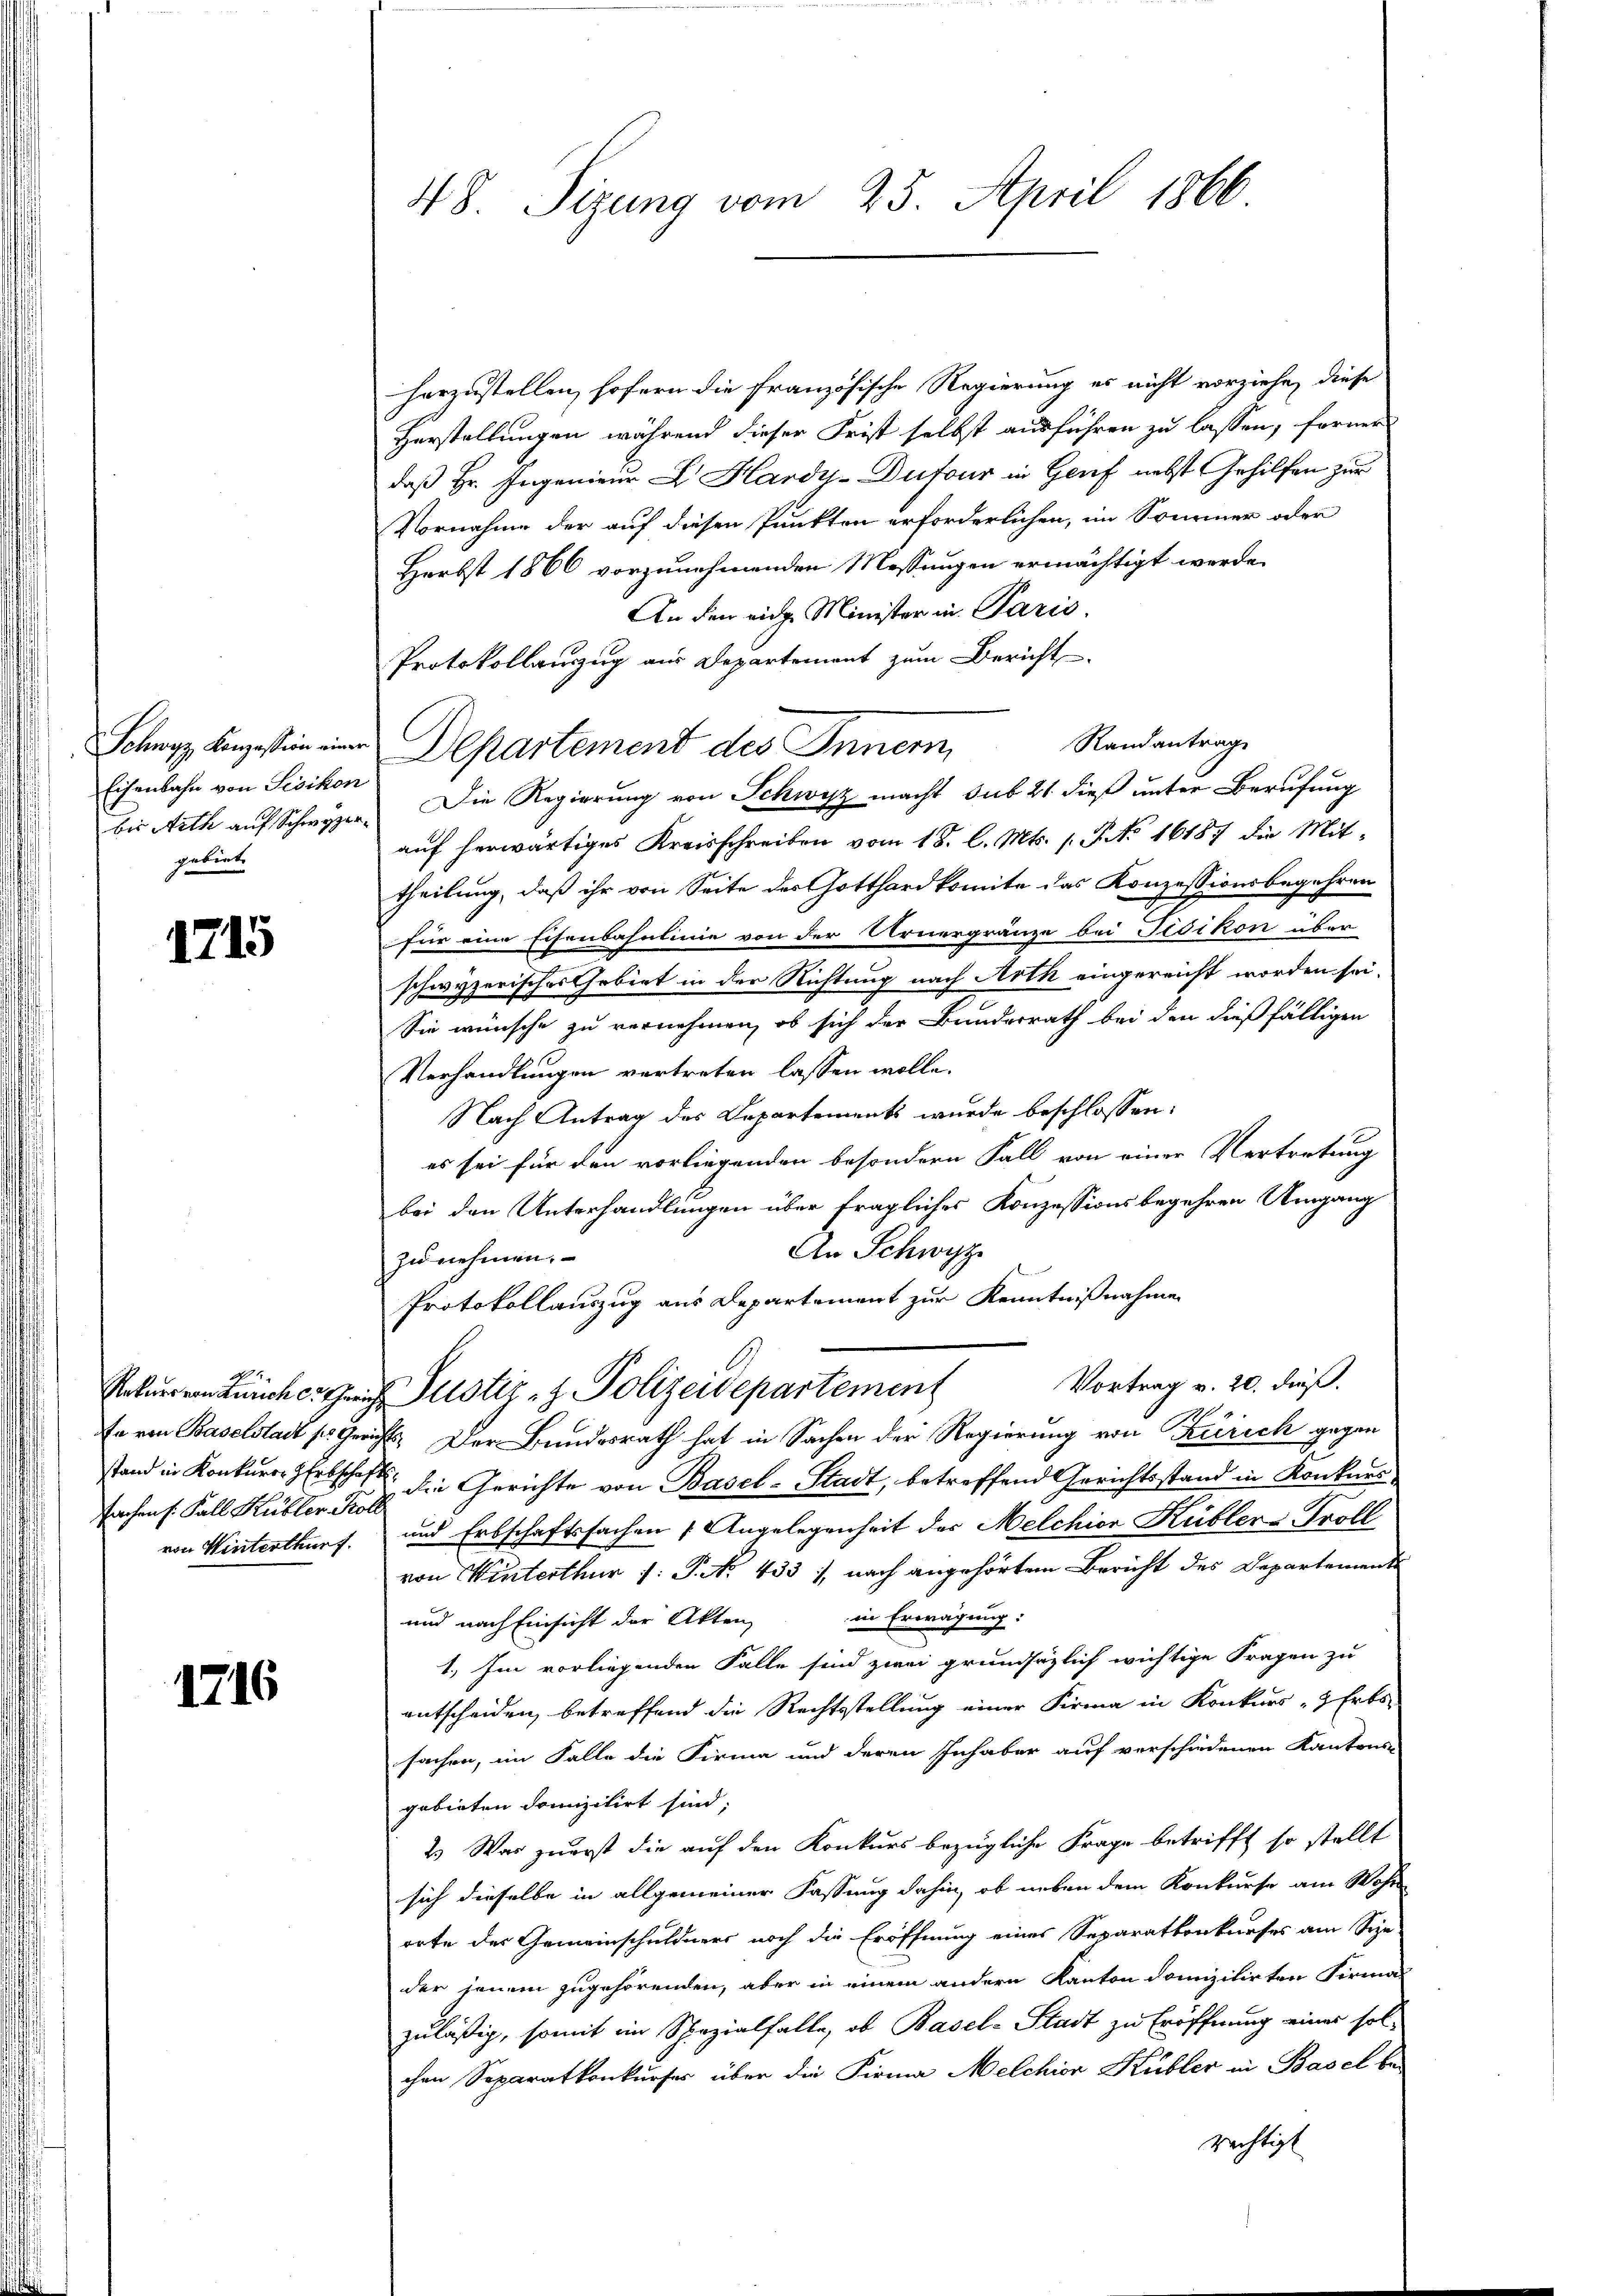
Schwyz, Konzession einer
Eisenbahn von Sisikon
bis Arth auf Schwyzer
gebiet,

1715

fachen s. Fall Kübler Koll
von Winterthurf.

1716

48. Sizung vom 25. April 1866.

herzustellen, hofern die französische Regierung es nicht vorziehe, diese
Herstellungen während dieser Frist selbst ausführen zu lassen, ferner
daß Hr. Ingenieur  Hardy-Dufour in Genf nebst Gehilfen zur
Vornahme der auf diesen Punkten erforderlichen, im Sommer oder
Herbst 1866 vorzunehmenden Messungen ermächtigt werde.
An den ein Minister in Paris.
Protokollanzug aus Departement zum Bericht
Randantrag
Die Regierung von Schwisz macht sub 21 dieß unter Berufung
auf herwärtiges Kreisschreiben vom 18. l. Mts. 1. No 16187 die Mit-
theilung, daß ihr von Seite des Gotthardkomite das Konzessionsbegehren
für eine Eisenbahnlinie von der Urnergränze bei Fisikon über
schwyzerisches Gebiet in der Richtung nach Arth eingereicht worden sei.
Sie wünsche zu vernehmen, ob sich der Bundesrath bei den dießfälligen
Verhandlungen vertreten lassen wolle.
Nach Antrag des Departements wurde beschlossen:
es sei für den vorliegenden besondern Fall von einer Vertretung
bei den Unterhandlungen über fragliches Konzessionsbegehren Umgang
An Schwyz
zunehmen.
Protokollauszug aus Departement zur Kenntnißnahmen
Vortrag v. 20. dieß.
Rekurren Züricher Justiz- & Polizeidepartement
4
Er von Baselstadt so Gerichts. Der Bundesrath hat in Sachen der Regierung von Zürich gegen
stand in Konkurrer Erbschaft die Gerichte von Basel-Stadt, betreffend Gerichtsstand in Konkurs¬
und Erbschaftssachen Angelegenheit des Melchior Kübler-Troll
von Winterthur 1: P. No 433 :/ nach angehörten Bericht des Departements
in Erwägung:
und nach Einsicht der Akten,
1.) Im vorliegenden Falle sind zwei grundsätzlich wichtige Fragen zu
entscheiden, betreffend die Rechtsstellung einer Firma in Konkurs - Erbs
sachen, im Falle die Firma und deren Inhaber auf verschiedenen Kantons-
gebieten domizilirt sind;
2.) Was zuerst die auf den Konkurs bezügliche Frage betrifft so stellt
sich dieselbe in allgemeiner Fassung dahin, ob neben dem Konkurse am Wohn
orte der Gemeinschuldners noch die Eröffnung eines Separatkonkurses am Sin-
der jenem zugehörenden, aber in einem andern Kanton domizilirten Firma-
zuläßig, somit im Spezialfalle, ob Basel-Stadt zu Eröffnung eines sol-
chen Separatkonkurses über die Firma Melchior Kübler in Basel be-
rechtigt

Departement des Innern,